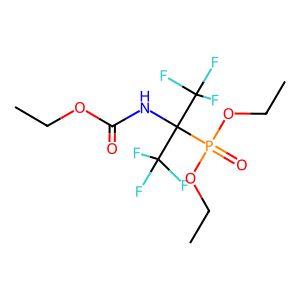
SMILES: CCOC(=O)NC(C(F)(F)F)(C(F)(F)F)P(=O)(OCC)OCC
Inhibits HIV replication: No